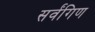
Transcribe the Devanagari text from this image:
सर्वंगिण